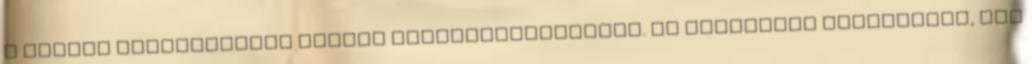
a kapott talentumokat fiában megsokszorozhatta. Az édesanyák követhetik, sőt